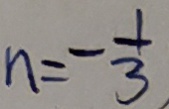
n = - \frac { 1 } { 3 }